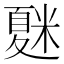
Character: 𥻴